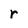
Character: r